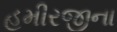
હમીરજીના